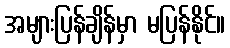
အများပြန်ချိန်မှာ မပြန်နိုင်။